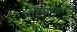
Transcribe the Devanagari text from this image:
परिचारकांची